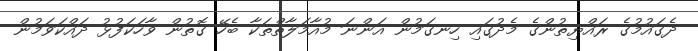
ދެގައުމުގެ ރައްޔިތުންގެ މެދުގައި ހިނގަމުން އަންނަ މުއާމަލާތްތަކާ ބެހޭ ގޮތުން ވާހަކަފުޅު ދައްކަވަމުން